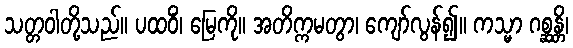
သတ္တဝါတို့သည်။ ပထဝိံ၊ မြေကို။ အတိက္ကမတွာ၊ ကျော်လွန်၍။ ကသ္မာ ဂစ္ဆန္တိ၊